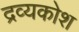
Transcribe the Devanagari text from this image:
द्रव्यकोश